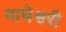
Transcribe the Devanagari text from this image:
माधेश्वरी